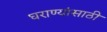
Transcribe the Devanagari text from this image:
घराण्यांसाठी